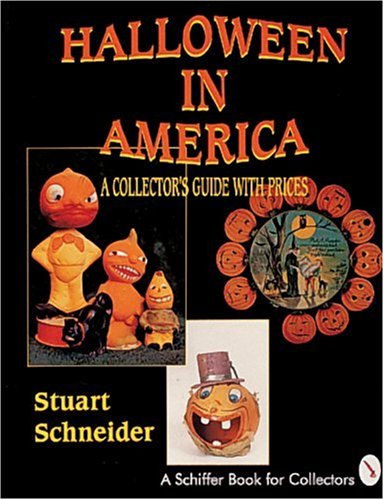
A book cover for Halloween in America: A Collector's Guide With Prices (A Schiffer Book for Collectors); Stuart Schneider; Humor & Entertainment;